Code of medical and sanitary regulations for the guidance of medical officers serving in the Madras Presidency - Volume I
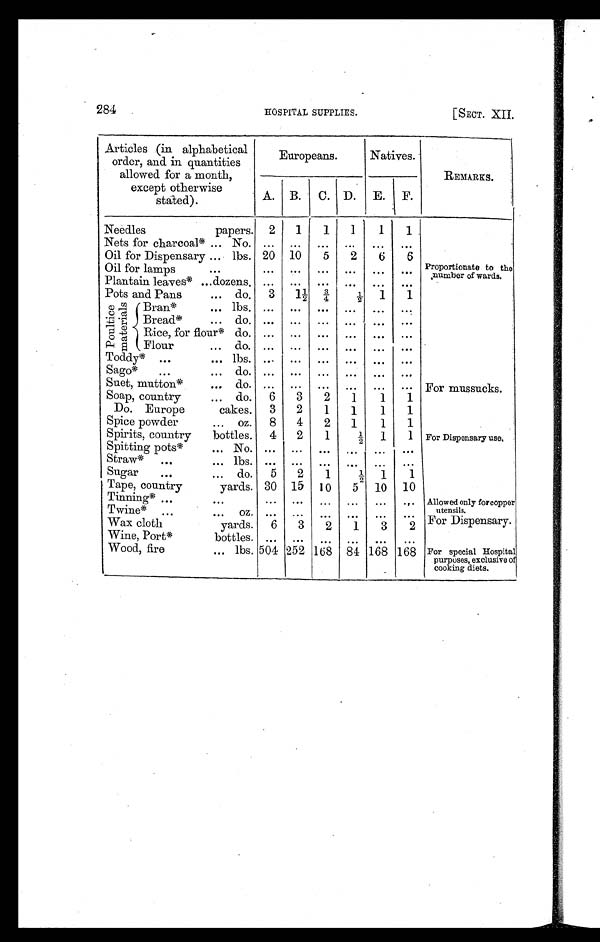
284
HOSPITAL SUPPLIES.
[SECT. XII.
Articles (in alphabetical
order, and. in quantities
allowed for a month,
except otherwise
stated).
Europeans.
Natives.
REMARKS.
A. B.
C. D.
E.
F.
Needles
papers. 2
1
1
1
1
1
Nets for charcoal* ... No. ...
...
...
. . .
...
. . .
Oil for Dispensary ... lbs. 20 10
5
2
6
6
Oil for lamps
. . .
. . .
. . .
. . .
. . .
. . .
. . . Proportionate to the
number of wards.
Plantain leaves* ... dozens. ...
...
...
...
...
...
Pots and Pans
... do.
3
1 ½
¾
½
1
1
P o u l t i c e
m a t e r i a l s Bran*
... lbs. ...
...
...
...
...
...
Bread*
. . .
d o .
. . .
. . .
. . .
. . .
. . .
. . .
Rice, for flour* do. ...
...
...
...
...
...
Flour
. . .
d o .
. . .
. . .
. . .
. . .
. . .
. . .
Toddy* ...
... lbs. ...
...
...
. . . ...
...
Sago*
. . .
. . .
d o .
. . .
. . .
. . .
. . .
. . .
. . .
Suet, mutton*
... do. ...
. . .
. . .
...
. . .
. . . For mussucks.
Soap, country
... do.
6
3
2
1
1
1
Do. Europe
cakes.
3
2
1
1
1
1
Spice powder
... oz.
8
4
2
1
1
1
Spirits, country
bottles.
4
2
1
½ 1
1 For Dispensary use.
Spitting pots*
. . .
N o .
. . .
. . .
. . .
. . .
. . .
. . .
Straw*
...
. . .
l b s .
. . .
. . .
. . .
. . .
. . .
. . .
Sugar
...
... do.
5
2
1
½ 1
1
Tape, country
yards. 30 15 10
5
10
10
Tinning* . . .
. . .
. . .
. . .
. . .
. . .
. . .
. . . Allowed only for coppe r
utensils.
Twine* . . .
. . .
o z .
. . .
. . .
. . .
. . .
. . .
. . .
For Dispensary.
Wax cloth
yards.
6
3
2
1
3
2
Wine, Port*
bottles. ...
...
...
...
...
...
Wood, fire
... lbs. 504 252 168 84 168 168 For special Hospital
purposes, exclusive of
cooking diets.